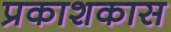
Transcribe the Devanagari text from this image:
प्रकाशकास